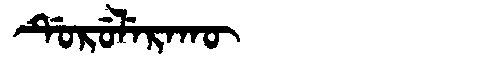
Manchu: ᡩᡠᡵᡠᠯᡝᡵᠠᡴᡡ
Romanization: DURULERAKŪ